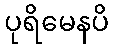
ပုရိမေနပိ